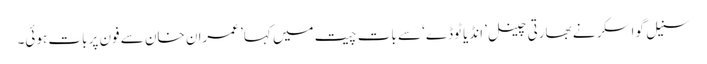
سنیل گواسکر نے بھارتی چینل ’انڈیا ٹوڈے‘ سے بات چیت میں کہا’ عمران خان سے فون پر بات ہوئی۔